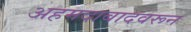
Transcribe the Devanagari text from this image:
अहमदाबादवरून